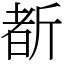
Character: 斱